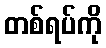
တစ်ရပ်ကို